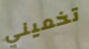
تخميني